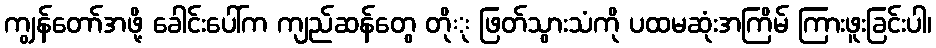
ကျွန်တော်အဖို့ ခေါင်းပေါ်က ကျည်ဆန်တွေ တိုု ဖြတ်သွားသံကို ပထမဆုံးအကြိမ် ကြားဖူးခြင်းပါ၊